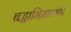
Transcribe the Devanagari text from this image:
बद्धाभिमान्यपि